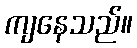
ကျနေသည်။